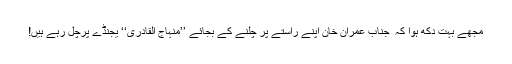
مجھے بہت دُکھ ہُوا کہ ٗ جناب عمران خان اپنے راستے پر چلنے کے بجائے ’’منہاج القادری‘‘ یجنڈے پرچل رہے ہیں!